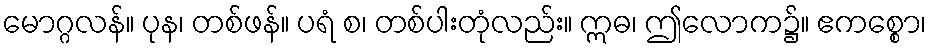
မောဂ္ဂလန်။ ပုန၊ တစ်ဖန်။ ပရံ စ၊ တစ်ပါးတုံလည်း။ ဣဓ၊ ဤလောက၌။ ဧကစ္စော၊